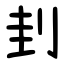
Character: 刲